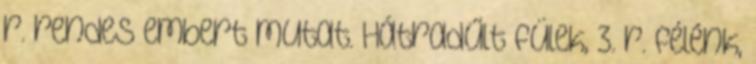
r. rendes embert mutat. Hátradűlt fülek, 3. r. félénk,